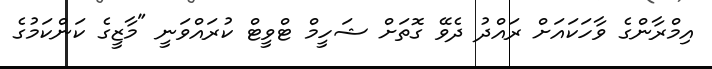
އިމްރާންގެ ވާހަކައަށް ރައްދު ދެވޭ ގޮތަށް ޝަހީމް ޓްވީޓް ކުރައްވަނީ "މާޒީގެ ކަންކަމުގެ